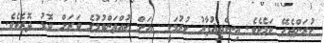
ކުރަންޖެހޭ ކަމެކެވެ. އިސްތިޣުފާރު ކުރުމަކީ  އަށް ކުއްތަންވުމުގެ ވަރަށް ބޮޑު ދޮރެކެވެ.